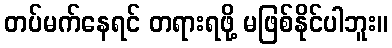
တပ်မက်နေရင် တရားရဖို့ မဖြစ်နိုင်ပါဘူး။